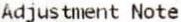
ADJUSTMENT NOTE